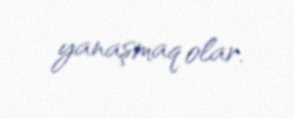
yanaşmaq olar.